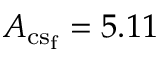
A _ { \mathrm { { c s _ { f } } } } = 5 . 1 1